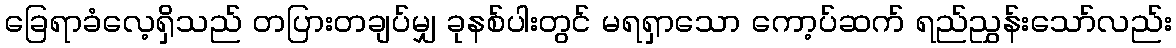
ခြေရာခံလေ့ရှိသည် တပြားတချပ်မျှ ခုနစ်ပါးတွင် မရရှာသော ကော့ပ်ဆက် ရည်ညွှန်းသော်လည်း